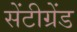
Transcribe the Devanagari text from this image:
सेंटीग्रेंड